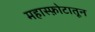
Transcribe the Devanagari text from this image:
महास्फ़ोटातून